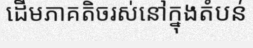
ដើមភាគតិចរស់នៅក្នុងតំបន់